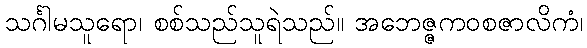
သင်္ဂါမသူရော၊ စစ်သည်သူရဲသည်။ အဘေဇ္ဇကဝစဇာလိကံ၊